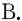
B.